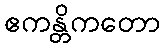
ဧကန္တိကတော